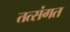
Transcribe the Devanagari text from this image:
तत्संगत